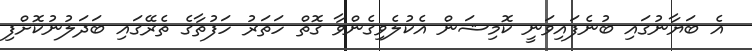
އެ ބަޔާނުގައި ބުނެފައިވަނީ ކޮމިޝަން އެކުލެވިގެންވާ ގޮތް ހަތަރު ހަފުތާގެ ތެރޭގައި ބަދަލުނުކޮށްފި